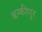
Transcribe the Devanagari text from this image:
बन्कीपुर